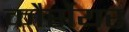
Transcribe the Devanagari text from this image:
कौर्सेयर